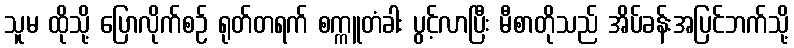
သူမ ထိုသို့ ပြောလိုက်စဉ် ရုတ်တရက် စက္ကူတံခါး ပွင့်လာပြီး မီစာတိုသည် အိပ်ခန်းအပြင်ဘက်သို့